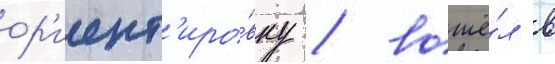
ор'иент'иро́вку / вошё́л в